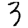
Digit: 3